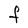
Character: F